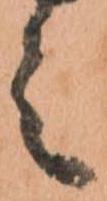
之